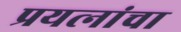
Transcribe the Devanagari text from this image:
प्रयत्‍नांचा